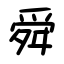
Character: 舜